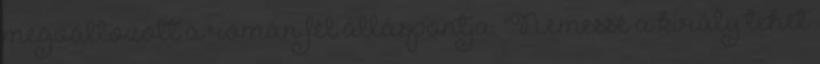
megváltozott a román fél álláspontja. "Nemessé a király tehet